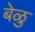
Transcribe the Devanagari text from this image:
बेळु